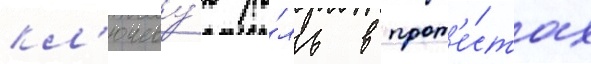
кл'ючеву́ю ро́ль в прот'е́стах